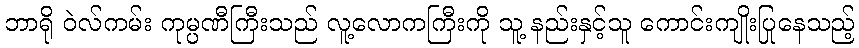
ဘာရို ဝဲလ်ကမ်း ကုမ္ပဏီကြီးသည် လူ့လောကကြီးကို သူ့ နည်းနှင့်သူ ကောင်းကျိုးပြုနေသည့်